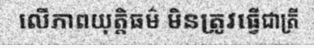
លើភាពយុត្តិធម៌ មិនត្រូវធ្វើជាត្រី